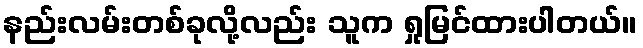
နည်းလမ်းတစ်ခုလို့လည်း သူက ရှုမြင်ထားပါတယ်။